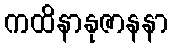
ကထိနာနုဇာနနာ